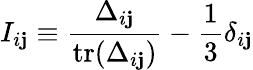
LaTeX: I_{i\mathbf{j}}\equiv\frac{{\Delta_{i\mathbf{j}}}}{{\mathrm{{tr}}(\Delta_{i\mathbf{j}})}}-\frac{{1}}{{3}}\delta_{i\mathbf{j}}